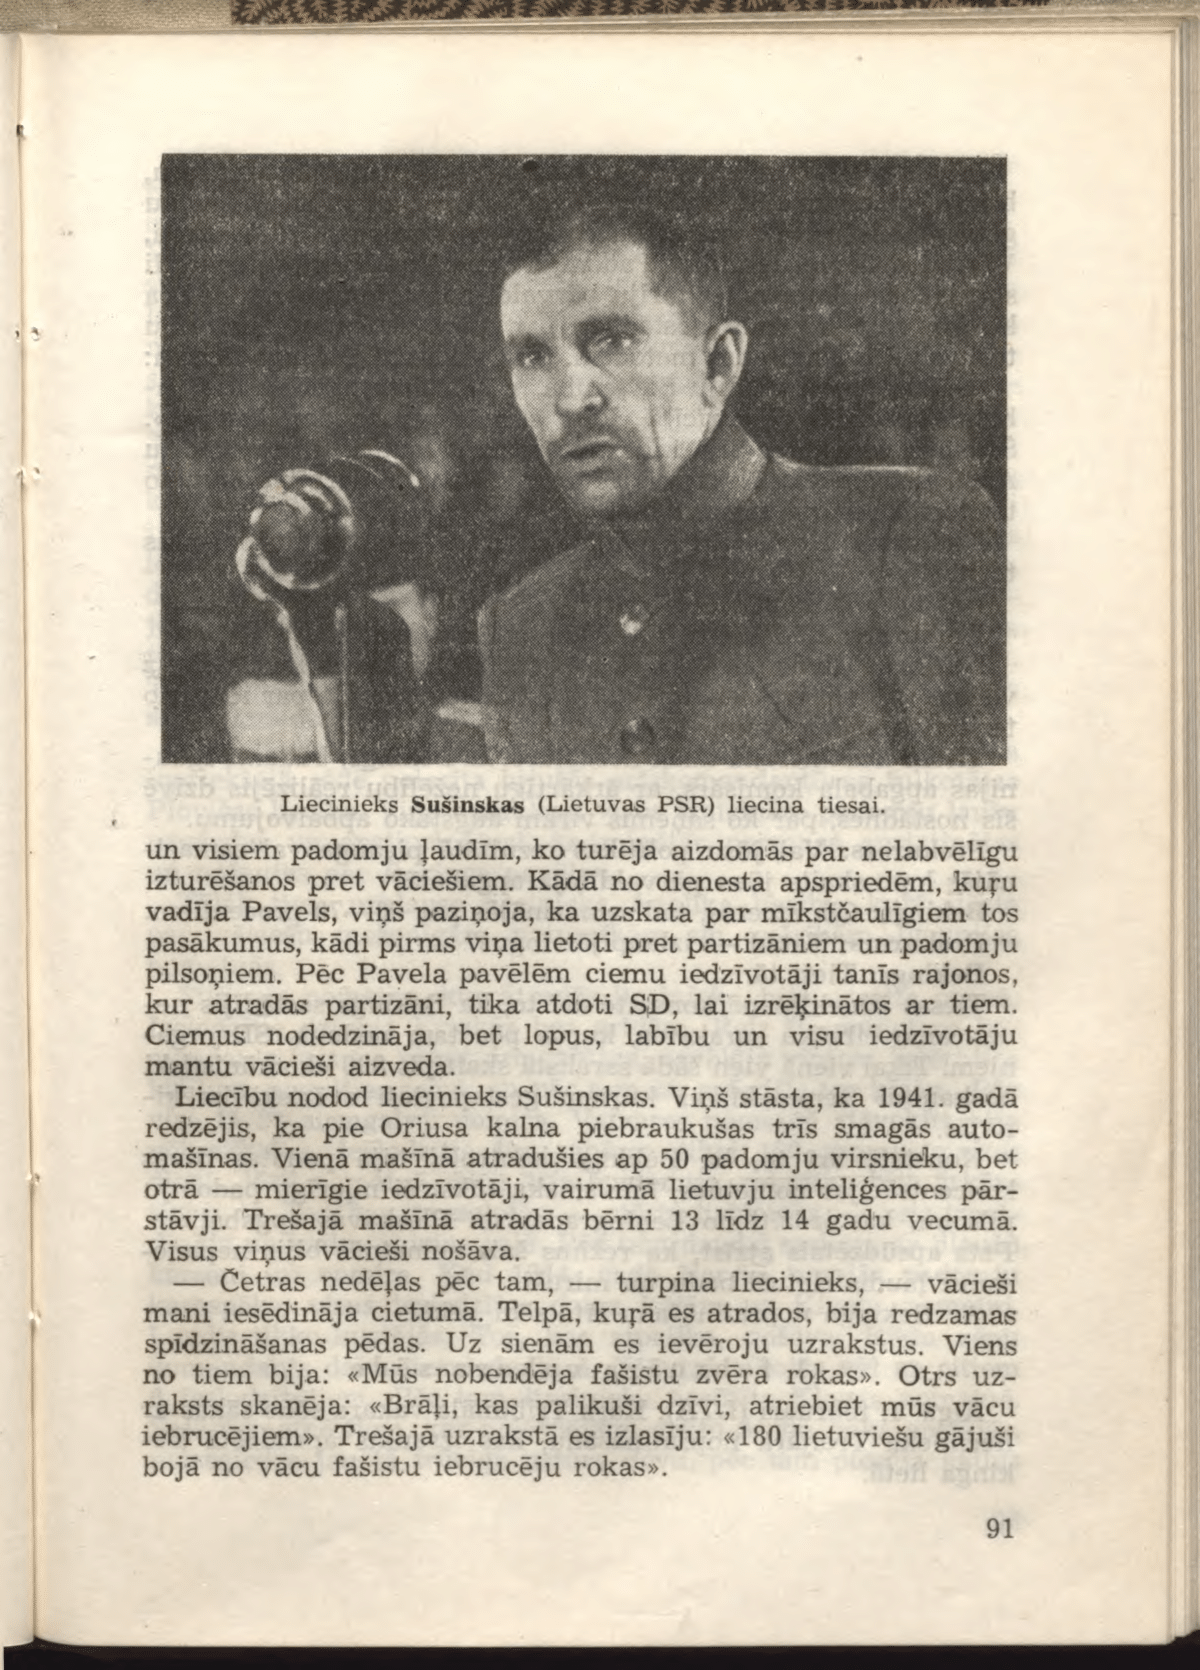
Language: lv